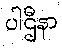
ပါဌီနာ